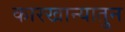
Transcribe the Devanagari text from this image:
कारखान्यातुन